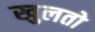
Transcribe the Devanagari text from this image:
खुलतो